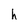
Character: h